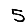
Digit: 5